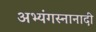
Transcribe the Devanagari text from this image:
अभ्यंगस्नानादी